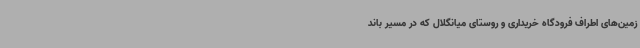
زمین‌های اطراف فرودگاه خریداری و روستای میانگلال که در مسیر باند